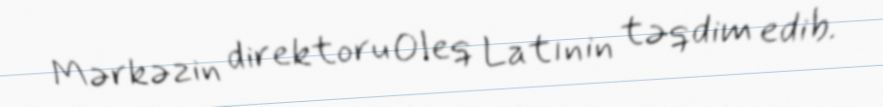
Mərkəzin direktoru Oleq Latınin təqdim edib.